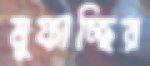
মুফাচ্ছির